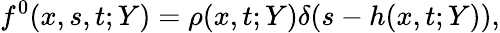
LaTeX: f^{0}(x,s,t;Y)=\rho(x,t;Y)\delta(s-h(x,t;Y)),